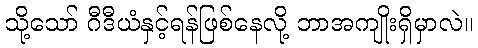
သို့သော် ဂီဒီယံနှင့်ရန်ဖြစ်နေလို့ ဘာအကျိုးရှိမှာလဲ။